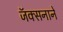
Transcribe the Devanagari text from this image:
जॅक्सनाने